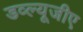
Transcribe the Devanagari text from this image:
डव्ल्यूजीए